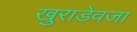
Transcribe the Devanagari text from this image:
खुराडेवजा